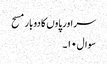
سر اور پاوں کا دوبار مسح
سوال۱۰۔